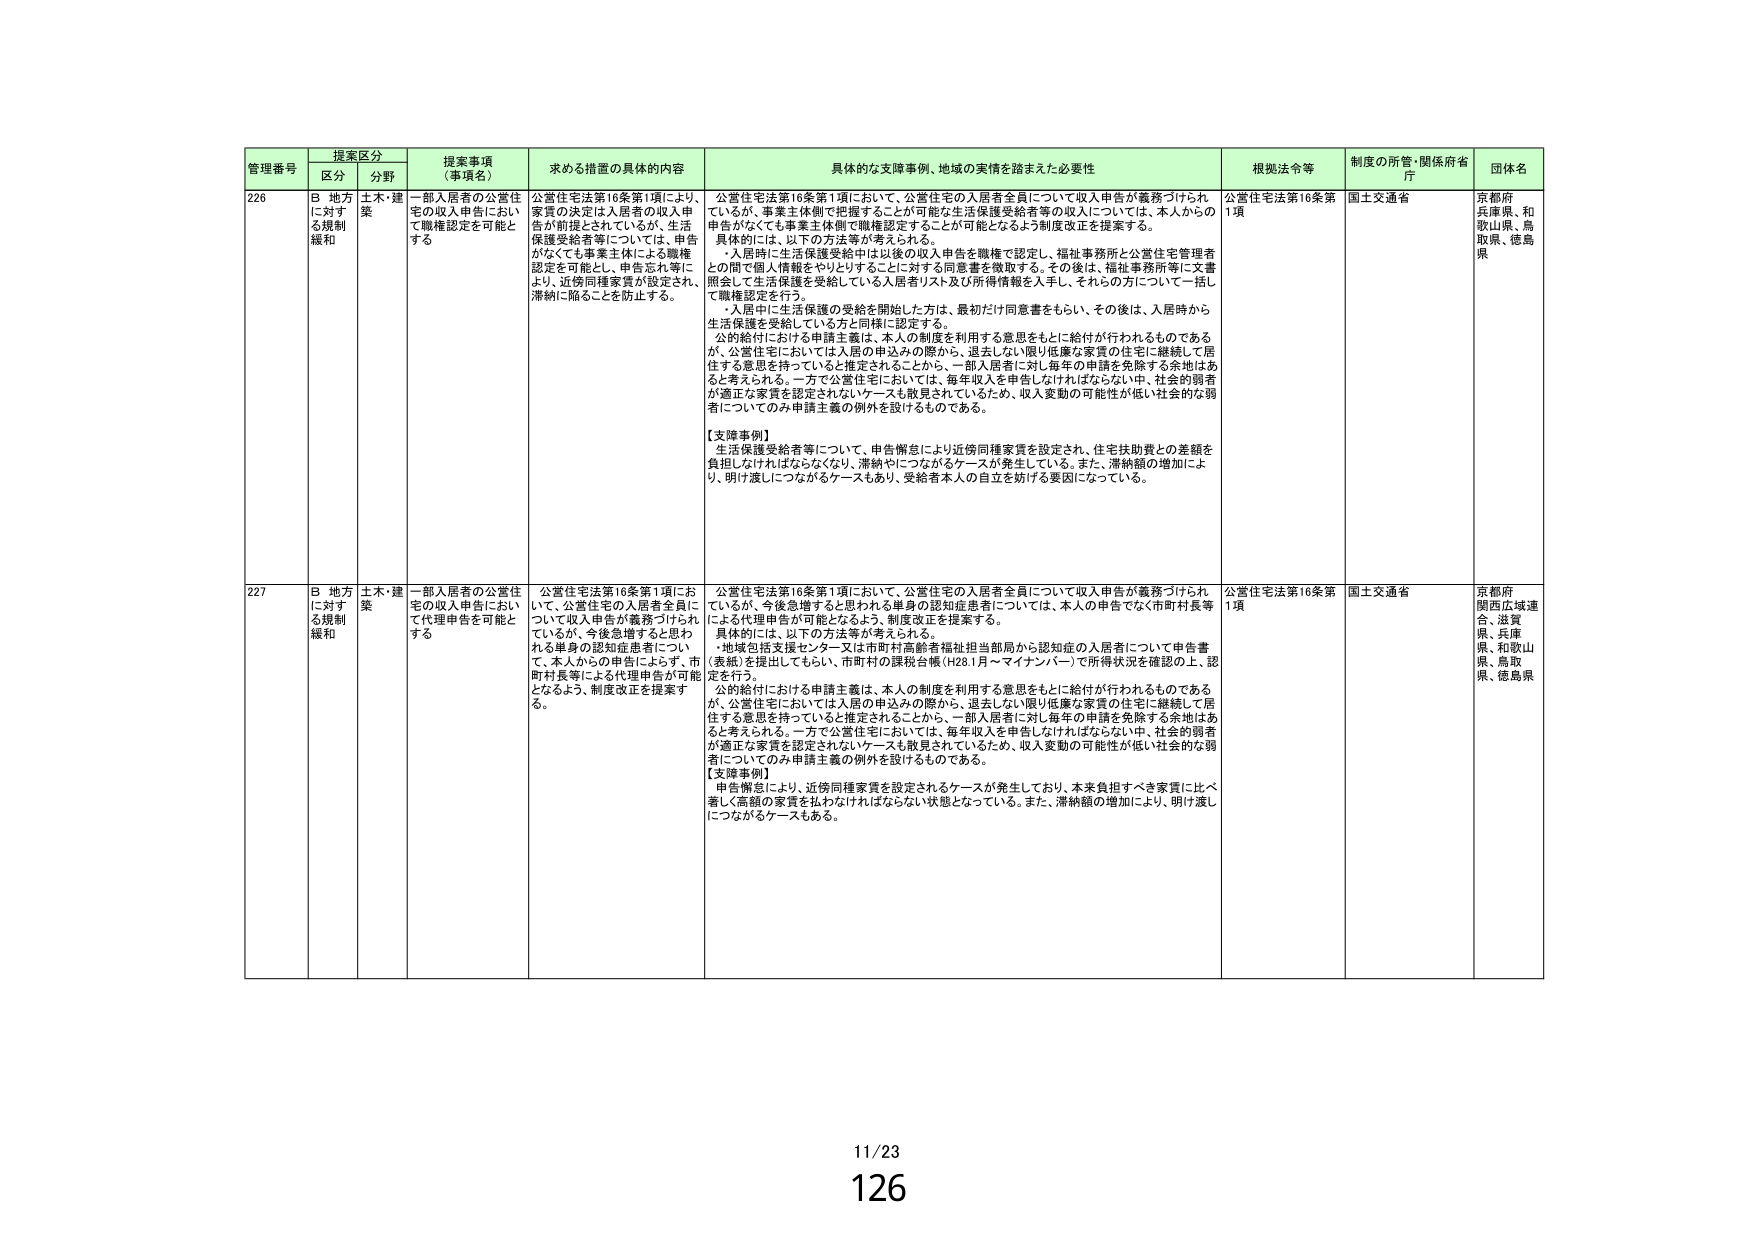
管理番号 提案区分 提案事項（事項名） 求める措置の具体的内容 具体的な支援事例、地域の実情を踏まえた必要性 根拠法令等 制度の所管・関係府省庁 団体名
区分 分野
226 B 地方に対する規制緩和 土木・建築 一部入居者の公営住宅の収入申告において職権認定を可能とする 公営住宅法第16条第1項により、家賃の決定は入居者の収入申告が前提とされているが、生活保護受給者等については、申告がなくても事業主体による職権認定を可能とし、申告忘れ等により、近傍同種家賃が設定され、滞納に陥ることを防止する。 公営住宅法第16条第1項において、公営住宅の入居者全員について収入申告が義務づけられているが、事業主体側で把握することが可能な生活保護受給者等の収入については、本人からの申告がなくても事業主体側で職権認定することが可能となるよう制度改正を提案する。 具体的には、以下の方法等が考えられる。 ・入居時に生活保護受給中は以後の収入申告を職権で認定し、福祉事務所と公営住宅管理者との間で個人情報を取りうるところに於いて同意書を徴取する。その後は、福祉事務所等に文書照会して生活保護を受給している入居者リスト及び所得情報を入手し、それらの方について一括して職権認定を行う。 ・入居中に生活保護の受給を開始した方は、最初だけ同意書をもらい、その後は、入居時から生活保護を受給している方と同様に認定する。 公的給付における申請主義は、本人の制度を利用する意思をもとに給付が行われるものであるが、公営住宅においては入居の申込みの際から、退去しない限り低廉な家賃の住宅に継続して居住する意思を持っていると推定されるところから、一部入居者に対し毎年の申請を免除する余地はあると考えられる。一方で公営住宅においては、毎年収入を申告しなければならない中、社会的弱者が適正な家賃を認定されないケースも散見されているため、収入変動の可能性が低い社会的な弱者についてのみ申請主義の例外を設けるものである。 【支援事例】 生活保護受給者等について、申告懈怠により近傍同種家賃を設定され、住宅扶助費との差額を負担しなければならなくなり、滞納につながるケースが発生している。また、滞納額の増加により、明け渡しにつながるケースもあり、受給者本人の自立を妨げる要因になっている。 公営住宅法第16条第1項 国土交通省 京都府 兵庫県、和歌山県、鳥取県、徳島県
227 B 地方に対する規制緩和 土木・建築 一部入居者の公営住宅の収入申告において代理申告を可能とする 公営住宅法第16条第1項において、公営住宅の入居者全員について収入申告が義務づけられているが、今後急増するとと思われる単身の認知症患者については、本人の申告ではなく市町村長等による代理申告が可能となるよう、制度改正を提案する。 具体的には、以下の方法等が考えられる。 ・地域包括支援センター又は市町村高齢者福祉担当部局から認知症の入居者について申告書（素紙）を提出してもらい、市町村の課税台帳（H281月～マイナンバー）で所得状況を確認の上、認定を行う。 公的給付における申請主義は、本人の制度を利用する意思をもとに給付が行われるものであるが、公営住宅においては入居の申込みの際から、退去しない限り低廉な家賃の住宅に継続して居住する意思を持っていると推定されるところから、一部入居者に対し毎年の申請を免除する余地はあると考えられる。一方で公営住宅においては、毎年収入を申告しなければならない中、社会的弱者が適正な家賃を認定されないケースも散見されているため、収入変動の可能性が低い社会的な弱者についてのみ申請主義の例外を設けるものである。 【支援事例】 申告懈怠により、近傍同種家賃を設定されるケースが発生しており、本来負担すべき家賃に比べ著しく高額の家賃を払わなければならない状態となっている。また、滞納額の増加により、明け渡しにつながるケースもある。 公営住宅法第16条第1項 国土交通省 京都府 関西広域連合、滋賀県、兵庫県、和歌山県、鳥取県、徳島県
11/23
126